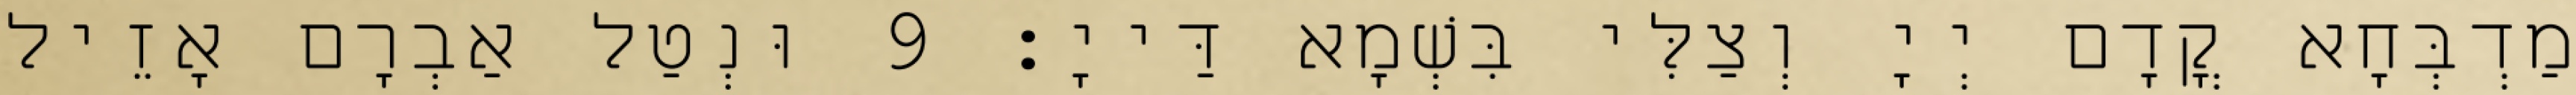
מַדְבְּחָא קֳדָם יְיָ וְצַלִּי בִּשְׁמָא דַּייָ׃ 9 וּנְטַל אַבְרָם אָזֵיל